Scottish Certificate of Education, 1963
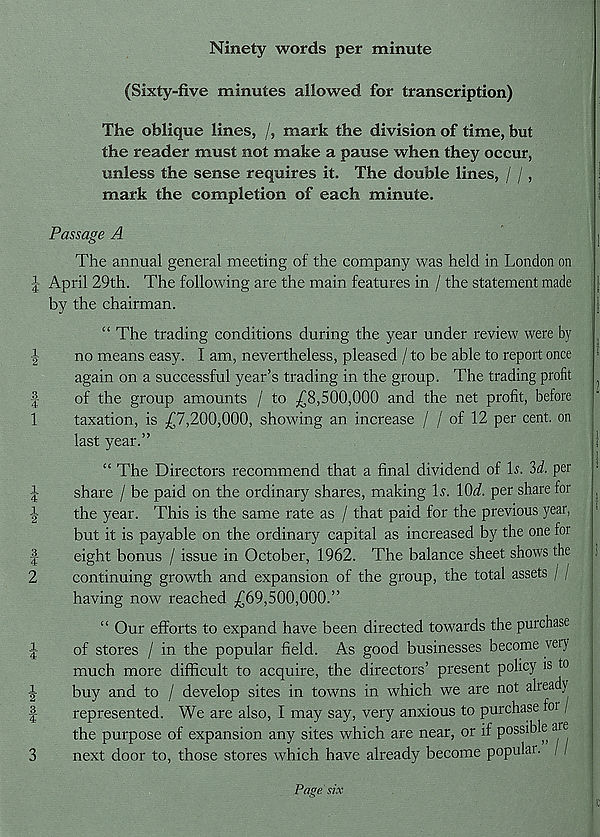
^I 1-
'
to i^loo
f^lco
WiM
rfHl-J
Ninety words per minute
(Sixty-five minutes allowed for transcription)
The oblique lines, /, mark the division of time, but
the reader must not make a pause when they occur,
unless the sense requires it. The double lines, / /,
mark the completion of each minute.
• 1
Passage A
The annual general meeting of the company was held in London on
April 29th. The following are the main features in / the statement made
}
by the chairman.
I
“ The trading conditions during the year under review were by
no means easy. I am, nevertheless, pleased / to be able to report once
!
again on a successful year’s trading in the group. The trading profit
;
of the group amounts / to -£8,500,000 and the net profit, before
taxation, is .£7,200,000, showing an increase / / of 12 per cent, on
last year.”
!
“ The Directors recommend that a final dividend of Is. 'id. per
share / be paid on the ordinary shares, making Is. lOi. per share for
.
the year. This is the same rate as / that paid for the previous year,
but it is payable on the ordinary capital as increased by the one for
eight bonus / issue in October, 1962. The balance sheet shows the
1
continuing growth and expansion of the group, the total assets / /
having now reached £69,500,000.”
“ Our efforts to expand have been directed towards the purchase
of stores / in the popular field. As good businesses become very
much more difficult to acquire, the directors’ present policy is to
buy and to / develop sites in towns in which we are not already
represented. We are also, I may say, very anxious to purchase foi /
the purpose of expansion any sites which are near, or if possible are
3
next door to, those stores which have already become populai.
Page six
(c